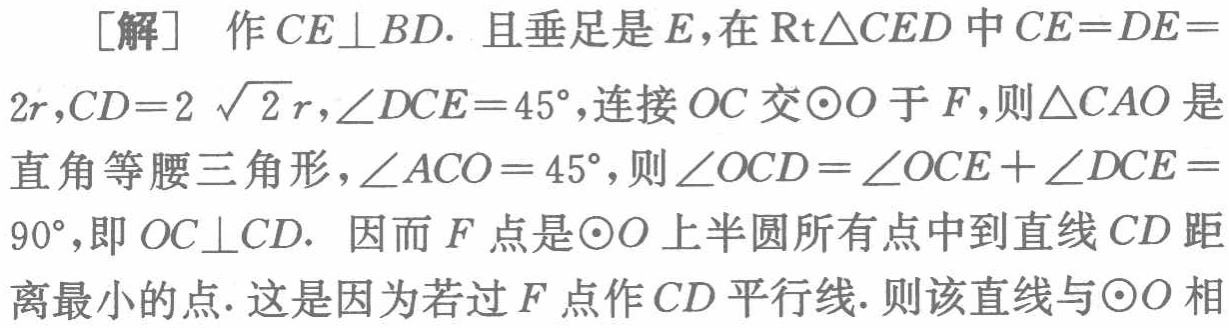
[解] 作 \(CE\perp BD\). 且垂足是 \(E\),在 \(\text{Rt}\triangle CED\) 中 \(CE = DE = 2r\),\(CD = 2\sqrt{2}r\),\(\angle DCE = 45^{\circ}\),连接 \(OC\) 交 \(\odot O\) 于 \(F\),则 \(\triangle CAO\) 是直角等腰三角形，\(\angle ACO = 45^{\circ}\),则 \(\angle OCD=\angle OCE+\angle DCE = 90^{\circ}\),即 \(OC\perp CD\). 因而 \(F\) 点是 \(\odot O\) 上半圆所有点中到直线 \(CD\) 距离最小的点. 这是因为若过 \(F\) 点作 \(CD\) 平行线. 则该直线与 \(\odot O\) 相